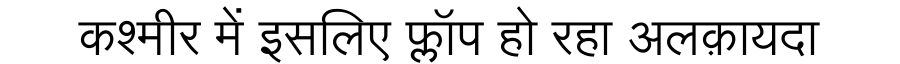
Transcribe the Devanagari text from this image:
कश्मीर में इसलिए फ्लॉप हो रहा अलक़ायदा